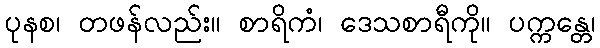
ပုနစ၊ တဖန်လည်း။ စာရိကံ၊ ဒေသစာရီကို။ ပက္ကန္တေ၊